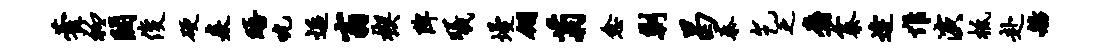
藿衽阔俊硬焱晤吮逅翁楔陴曦墁翎菊愈剿曷秦乞乏麝寨逄惟演柢赴舫